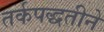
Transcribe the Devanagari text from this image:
तर्कपद्धतीने